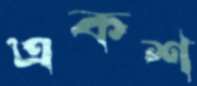
একশ